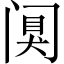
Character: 阒